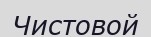
Чистовой